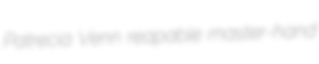
Patrecia Venn reapable master-hand